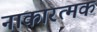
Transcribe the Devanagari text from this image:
नाकारत्मक